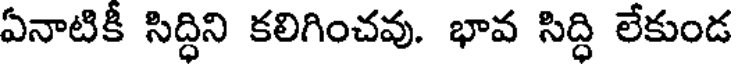
ఏనాటికీ సిద్ధిని కలిగించవు. భావ సిద్ధి లేకుండ